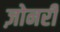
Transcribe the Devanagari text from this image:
ज़ोनरी